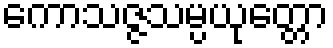
ကောသဇ္ဇသမ္ပယုတ္တော